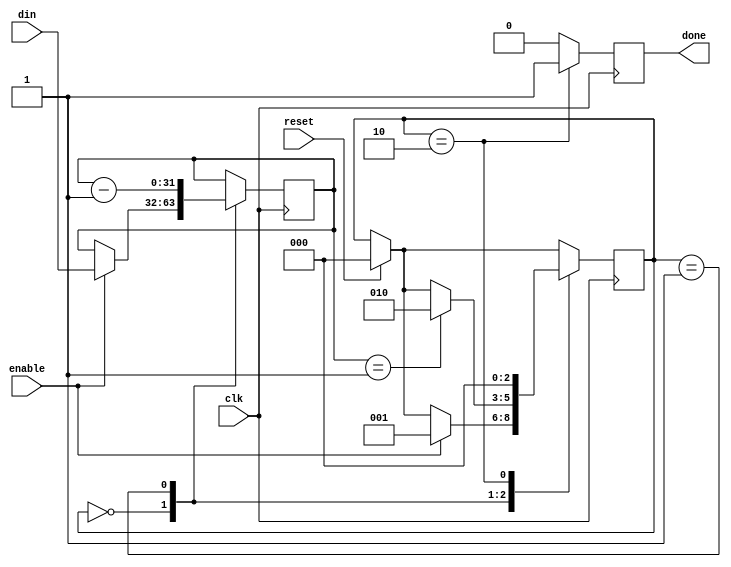
/*
  iCEstick Glitcher (offset_counter.v)
 
  by Matthias Deeg (@matthiasdeeg, matthias.deeg@syss.de)

  Simple voltage glitcher for a Lattice iCEstick Evaluation Kit

  This glitcher is based on and inspired by glitcher implementations
  by Dmitry Nedospasov (@nedos) from Toothless Consulting and
  Grazfather (@Grazfather)

  References:
    http://www.latticesemi.com/icestick
    https://github.com/toothlessco/arty-glitcher
    https://toothless.co/blog/bootloader-bypass-part1/
    https://toothless.co/blog/bootloader-bypass-part2/
    https://toothless.co/blog/bootloader-bypass-part3/
    https://github.com/Grazfather/glitcher
    http://grazfather.github.io/re/pwn/electronics/fpga/2019/12/08/Glitcher.html

  Copyright (C) 2020, Matthias Deeg, SySS GmbH

  Redistribution and use in source and binary forms, with or without
  modification, are permitted provided that the following conditions are met:

  1. Redistributions of source code must retain the above copyright notice,
     this list of conditions and the following disclaimer.

  2. Redistributions in binary form must reproduce the above copyright notice,
     this list of conditions and the following disclaimer in the documentation
     and/or other materials provided with the distribution.

  3. Neither the name of the copyright holder nor the names of its contributors
     may be used to endorse or promote products derived from this software
     without specific prior written permission.

  THIS SOFTWARE IS PROVIDED BY THE COPYRIGHT HOLDERS AND CONTRIBUTORS "AS IS"
  AND ANY EXPRESS OR IMPLIED WARRANTIES, INCLUDING, BUT NOT LIMITED TO, THE
  IMPLIED WARRANTIES OF MERCHANTABILITY AND FITNESS FOR A PARTICULAR PURPOSE
  ARE DISCLAIMED. IN NO EVENT SHALL THE COPYRIGHT HOLDER OR CONTRIBUTORS BE
  LIABLE FOR ANY DIRECT, INDIRECT, INCIDENTAL, SPECIAL, EXEMPLARY, OR
  CONSEQUENTIAL DAMAGES (INCLUDING, BUT NOT LIMITED TO, PROCUREMENT OF
  SUBSTITUTE GOODS OR SERVICES; LOSS OF USE, DATA, OR PROFITS; OR BUSINESS
  INTERRUPTION) HOWEVER CAUSED AND ON ANY THEORY OF LIABILITY, WHETHER IN
  CONTRACT, STRICT LIABILITY, OR TORT (INCLUDING NEGLIGENCE OR OTHERWISE)
  ARISING IN ANY WAY OUT OF THE USE OF THIS SOFTWARE, EVEN IF ADVISED OF THE
  POSSIBILITY OF SUCH DAMAGE.
*/

`timescale 1ns / 1ps

module offset_counter(
    input wire clk,
    input wire reset,
    input wire enable,
    input wire[31:0] din,
    output reg done
);

    reg [31:0] counter;

    // state machine
    parameter[2:0] STATE_IDLE = 2'd0;
    parameter[2:0] STATE_RUNNING = 2'd1;
    parameter[2:0] STATE_DONE = 2'd2;

    reg[2:0] state = STATE_IDLE;


    always @(posedge clk)
    begin
        state <= state;
        counter <= counter;
        done <= 1'b0;
        
        if (reset)
        begin
            state <= STATE_IDLE;
        end
        
        case(state)
            // IDLE state
            STATE_IDLE:
            begin
                if (enable)
                begin
                    // reset counter to offset counter value
                    counter <= din;
                    state <= STATE_RUNNING;
                end
            end
            
            // RUNNING state
            STATE_RUNNING:
            begin
                // decrease counter
                counter <= counter - 1'b1;
                
                if (counter == 1)
                begin
                    state <= STATE_DONE;
                end
            end
            
            // DONE_STATE
            STATE_DONE:
            begin
                done <= 1'b1;
                state <= STATE_IDLE;
            end
        endcase
    end     
        
endmodule